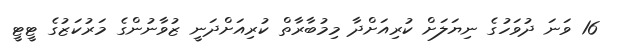
16 ވަނަ ދުވަހުގެ ނިޔަލަށް ކުރިއަށްދާ މިމުބާރާތް ކުރިއަށްދަނީ ޒުވާނުންގެ މަރުކަޒުގެ ޓީޓީ